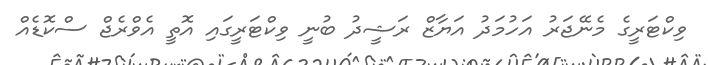
ވިކްޓަރީގެ މެނޭޖަރު އަހުމަދު އަޔާޒް ރަޝީދު ބުނީ ވިކްޓަރީގައި އޮތީ އެވްރެޖް ސްކޮޑެއް